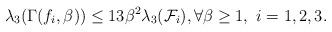
LaTeX: \begin{align*}\lambda_3(\Gamma(f_i, \beta)) \leq 13 \beta^2 \lambda_3(\mathcal{F}_i), \forall \beta \geq 1,~i=1,2,3. \end{align*}